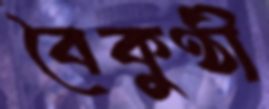
বৈকুণ্ঠী